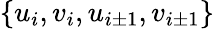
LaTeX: \{ u_{i},v_{i},u_{i\pm 1},v_{i\pm 1}\}